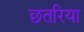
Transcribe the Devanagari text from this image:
छतरिया